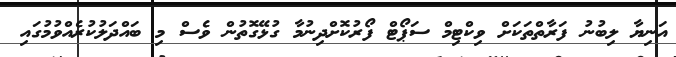
އަނިޔާ ލިބުނު ފަރާތްތަކަށް ވިކްޓިމް ސަޕޯޓް ފޯރުކޮށްދިނުމާ ގުޅޭގޮތުން ވެސް މި ބައްދަލުކުރެއްވުމުގައި